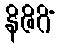
နိဇိဂိံ